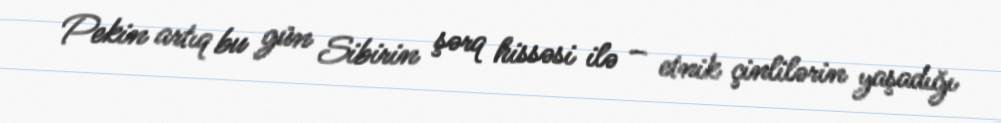
Pekin artıq bu gün Sibirin şərq hissəsi ilə – etnik çinlilərin yaşadığı